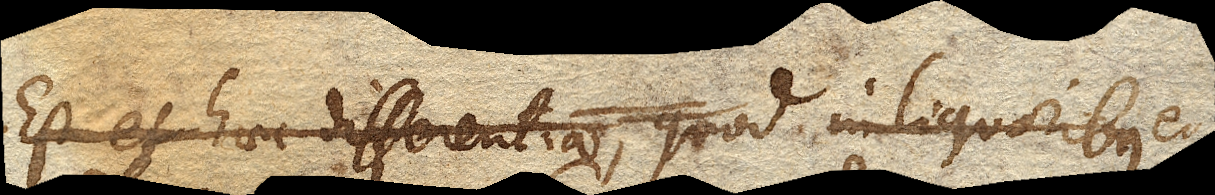
Est et haec differentia, quod in liquoribus ea